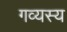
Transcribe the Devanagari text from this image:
गव्यस्य